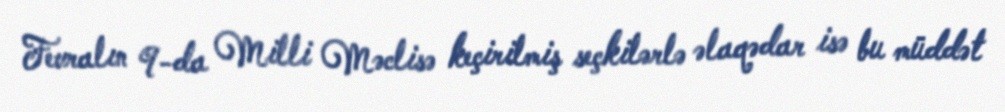
Fevralın 9-da Milli Məclisə keçirilmiş seçkilərlə əlaqədar isə bu müddət